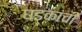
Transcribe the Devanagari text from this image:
घडकांची